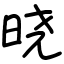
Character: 晓